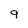
Character: 9